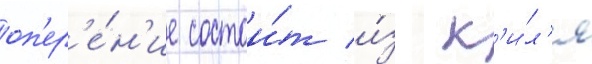
оп'ер'е́н'ие состои́т и́з к'и́л'я